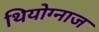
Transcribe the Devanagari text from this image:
थियोग्नाज